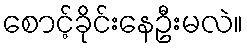
စောင့်ခိုင်းနေဦးမလဲ။